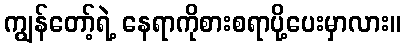
ကျွန်တော့်ရဲ့ နေရာကိုစားစရာပို့ပေးမှာလား။